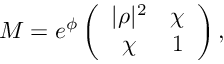
{ \cal M } = e ^ { \phi } \left( \begin{array} { c c } { { | \rho | ^ { 2 } } } & { { \chi } } \\ { { \chi } } & { { 1 } } \end{array} \right) ,